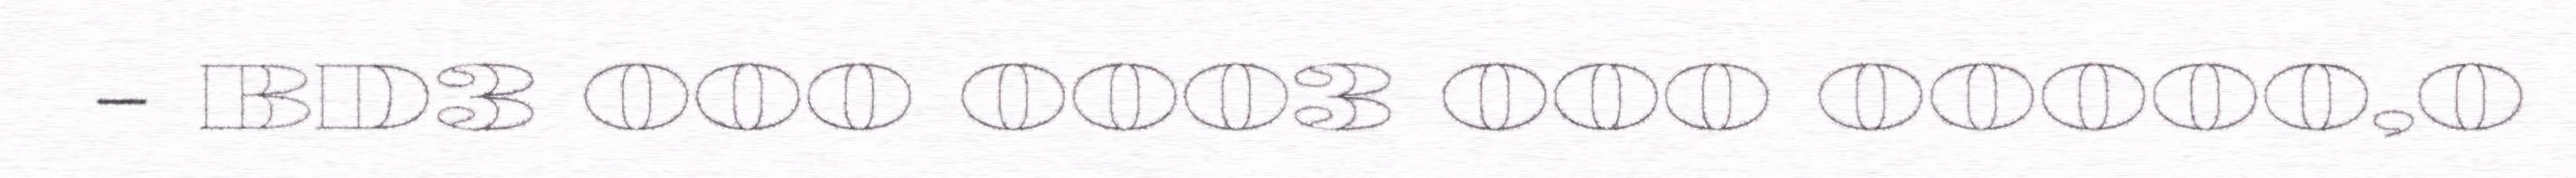
- BD3 000 0003 000 00000,0